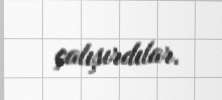
çalışırdılar.